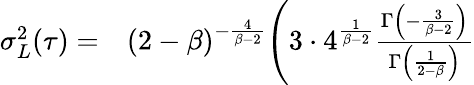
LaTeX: \begin{array}{rl}{\sigma_{L}^{2}(\tau)=}&{{}(2-\beta)^{-\frac{4}{\beta-2}}\Bigg(3\cdot 4^{\frac{1}{\beta-2}}\frac{\Gamma\left(-\frac{3}{\beta-2}\right)}{\Gamma\left(\frac{1}{2-\beta}\right)}}\end{array}